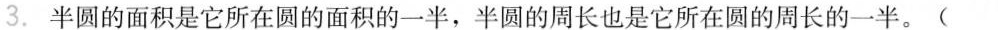
_、判断。